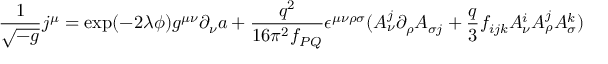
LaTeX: \frac { 1 } { \sqrt { - g } } j ^ { \mu } = \exp ( - 2 \lambda \phi ) g ^ { \mu \nu } \partial _ { \nu } a + \frac { q ^ { 2 } } { 1 6 \pi ^ { 2 } f _ { P Q } } \epsilon ^ { \mu \nu \rho \sigma } ( A _ { \nu } ^ { j } \partial _ { \rho } A _ { \sigma j } + \frac { q } { 3 } f _ { i j k } A _ { \nu } ^ { i } A _ { \rho } ^ { j } A _ { \sigma } ^ { k } )